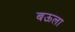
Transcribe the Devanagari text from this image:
बऊला